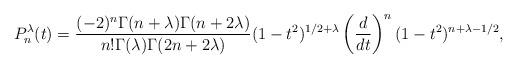
LaTeX: \begin{align*} P^\lambda_n(t)=\frac{(-2)^n\Gamma(n+\lambda)\Gamma(n+2\lambda)}{n!\Gamma(\lambda)\Gamma(2n+2\lambda)}(1-t^2)^{1/2+\lambda}\left(\frac{d}{dt}\right)^n(1-t^2)^{n+\lambda - 1/2}, \end{align*}